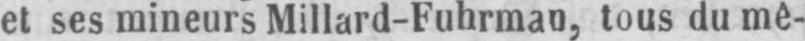
et ses mineurs Millard-Fuhrman, tous du mê-